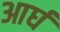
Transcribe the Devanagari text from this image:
आर्घ